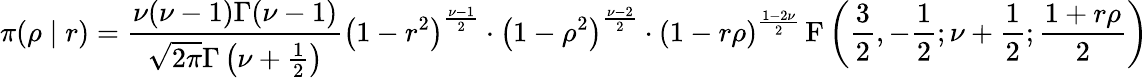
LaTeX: \pi(\rho\mid r)={\frac{\nu(\nu-1)\Gamma(\nu-1)}{{\sqrt{2\pi}}\Gamma\left(\nu+{\frac{1}{2}}\right)}}\left(1-r^{2}\right)^{\frac{\nu-1}{2}}\cdot\left(1-\rho^{2}\right)^{\frac{\nu-2}{2}}\cdot\left(1-r\rho\right)^{\frac{1-2\nu}{2}}\operatorname{F}\left({\frac{3}{2}},-{\frac{1}{2}};\nu+{\frac{1}{2}};{\frac{1+r\rho}{2}}\right)